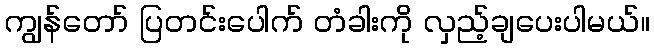
ကျွန်တော် ပြတင်းပေါက် တံခါးကို လှည့်ချပေးပါမယ်။